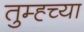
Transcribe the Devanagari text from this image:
तुम्ह्च्या